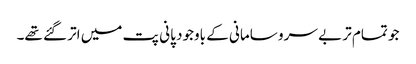
جو تمام تر بے سرو سامانی کے باوجود پانی پت میں اتر گئے تھے۔